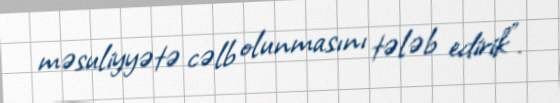
məsuliyyətə cəlb olunmasını tələb edirik".